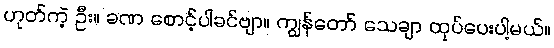
ဟုတ်ကဲ့ ဦး။ ခဏ စောင့်ပါခင်ဗျာ။ ကျွန်တော် သေချာ ထုပ်ပေးပါ့မယ်။